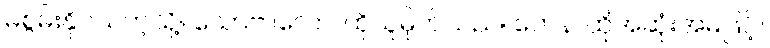
မစွမ်းနိုင်သကဲ့သို့။ သောဗာလော၊ ထိုသူမိုက်သည်။ တေန၊ ထိုအဆုံးအမဖြင့်။